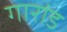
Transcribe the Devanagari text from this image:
गारांड